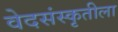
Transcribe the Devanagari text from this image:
वेदसंस्कृतीला